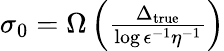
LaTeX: \begin{array}{r}{\sigma_{0}=\Omega\left(\frac{\Delta_{\mathrm{{true}}}}{\log{\epsilon^{-1}\eta^{-1}}}\right)}\end{array}